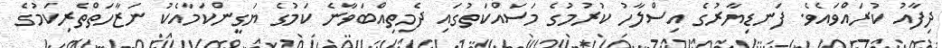
ދިފާއު ކުރައްވައެވެ. ފަނޑިޔާރުގެ އިސްލާހު ކުރުމުގެ މަސައްކަތުގައި ދެމިތިއްބަވާނެ ކަމުގެ ޔަގީންކަމާއެކު ނަޒާހަތްތެރިކަމުގެ